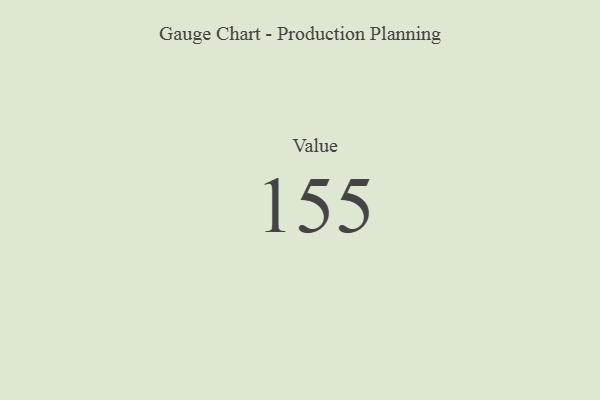
{"axis": {"x": "Metric", "y": "Value"}, "legend": [""], "data": [{"x": "Value", "y": 155, "type": ""}]}